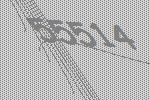
55514